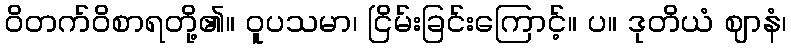
ဝိတက်ဝိစာရတို့၏။ ဝူပသမာ၊ ငြိမ်းခြင်းကြောင့်။ ပ။ ဒုတိယံ ဈာနံ၊